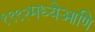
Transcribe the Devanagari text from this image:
१९९२मध्येआणि